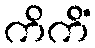
ကိကိံ